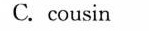
C.cousin